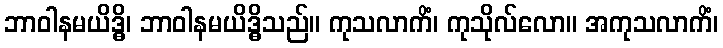
ဘာဝါနမယိဒ္ဓိ၊ ဘာဝါနမယိဒ္ဓိသည်။ ကုသလာကိံ၊ ကုသိုလ်လော။ အကုသလာကိံ၊